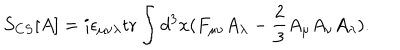
S _ { C S } [ A ] = i \epsilon _ { \mu \nu \lambda } \mathrm { t r } \int d ^ { 3 } x ( F _ { \mu \nu } A _ { \lambda } - \frac { 2 } { 3 } A _ { \mu } A _ { \nu } A _ { \lambda } ) .